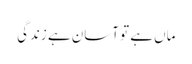
ماں ہے تو آسان ہے زندگی